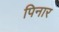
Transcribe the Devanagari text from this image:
पिनार